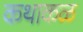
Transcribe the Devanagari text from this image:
कथाकळ